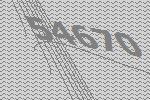
54670